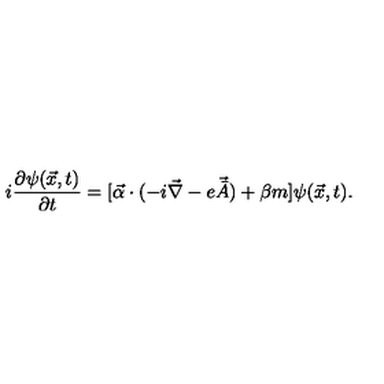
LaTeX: i \frac { \partial \psi ( \vec { x } , t ) } { \partial t } = [ { \vec { \alpha } } \cdot ( - i \vec { \nabla } - e \vec { \bar { A } } ) + \beta m ] \psi ( \vec { x } , t ) .